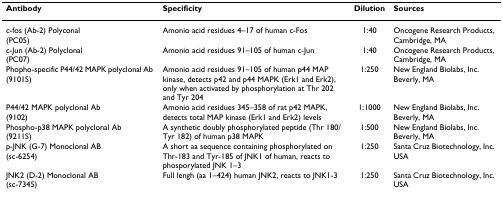
<table><thead><tr><td><b>Antibody</b></td><td><b>Specificity</b></td><td><b>Dilution</b></td><td><b>Sources</b></td></tr></thead><tbody><tr><td>c-fos (Ab-2) Polyconal (PC05)</td><td>Amonio acid residues 4–17 of human c-Fos</td><td>1:40</td><td>Oncogene Research Products, Cambridge, MA</td></tr><tr><td>c-Jun (Ab-2) Polyclonal (PC07)</td><td>Amonio acid residues 91–105 of human c-Jun</td><td>1:40</td><td>Oncogene Research Products, Cambridge, MA</td></tr><tr><td>Phopho-specific P44/42 MAPK polyclonal Ab (9101S)</td><td>Amonio acid residues 91–105 of human p44 MAP kinase, detects p42 and p44 MAPK (Erk1 and Erk2), only when activated by phosphorylation at Thr 202 and Tyr 204</td><td>1:250</td><td>New England Biolabs, Inc. Beverly, MA</td></tr><tr><td>P44/42 MAPK polyclonal Ab (9102)</td><td>Amonio acid residues 345–358 of rat p42 MAPK, detects total MAP kinase (Erk1 and Erk2) levels</td><td>1:1000</td><td>New England Biolabs, Inc. Beverly, MA</td></tr><tr><td>Phospho-p38 MAPK polyclonal Ab (9211S)</td><td>A synthetic doubly phosphorylated peptide (Thr 180/Tyr 182) of human p38 MAPK</td><td>1:500</td><td>New England Biolabs, Inc. Beverly, MA</td></tr><tr><td>p-JNK (G-7) Monoclonal AB (sc-6254)</td><td>A short aa sequence containing phosphorylated on Thr-183 and Tyr-185 of JNK1 of human, reacts to phosporylated JNK 1–3</td><td>1:250</td><td>Santa Cruz Biotechnology, Inc. USA</td></tr><tr><td>JNK2 (D-2) Monoclonal AB (sc-7345)</td><td>Full lengh (aa 1–424) human JNK2, reacts to JNK1-3</td><td>1:250</td><td>Santa Cruz Biotechnology, Inc. USA</td></tr></tbody></table>